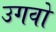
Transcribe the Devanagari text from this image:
उगवो